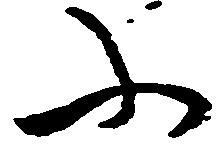
ふ